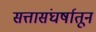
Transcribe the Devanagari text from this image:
सत्तासंघर्षातून